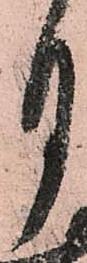
月